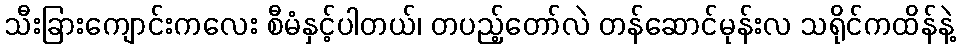
သီးခြားကျောင်းကလေး စီမံနှင့်ပါတယ်၊ တပည့်တော်လဲ တန်ဆောင်မုန်းလ သရိုင်ကထိန်နဲ့